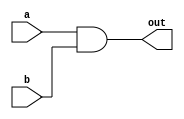
module and_(out, a, b);

	input a,b;
	output out;

	assign out = a & b;
endmodule